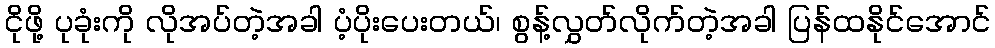
ငိုဖို့ ပုခုံးကို လိုအပ်တဲ့အခါ ပံ့ပိုးပေးတယ်၊ စွန့်လွှတ်လိုက်တဲ့အခါ ပြန်ထနိုင်အောင်